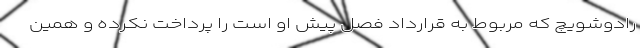
رادوشویچ که مربوط به قرارداد فصل پیش او است را پرداخت نکرده و همین